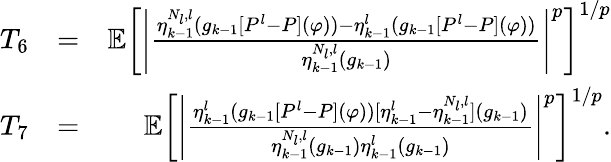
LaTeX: \begin{array}{rlr}{T_{6}}&{=}&{\mathbb{E}\left[\left|\frac{\eta_{k-1}^{N_{l},l}(g_{k-1}[P^{l}-P](\varphi))-\eta_{k-1}^{l}(g_{k-1}[P^{l}-P](\varphi))}{\eta_{k-1}^{N_{l},l}(g_{k-1})}\right|^{p}\right]^{1/p}}\\ {T_{7}}&{=}&{\mathbb{E}\left[\left|\frac{\eta_{k-1}^{l}(g_{k-1}[P^{l}-P](\varphi))[\eta_{k-1}^{l}-\eta_{k-1}^{N_{l},l}](g_{k-1})}{\eta_{k-1}^{N_{l},l}(g_{k-1})\eta_{k-1}^{l}(g_{k-1})}\right|^{p}\right]^{1/p}.}\end{array}